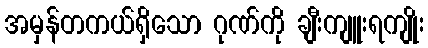
အမှန်တကယ်ရှိသော ဂုဏ်ကို ချီးကျူးရကျိုး